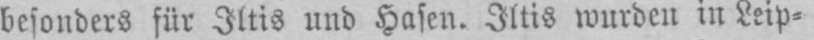
besonders für Iltis und Hasen. Iltis wurden in Leip⸗